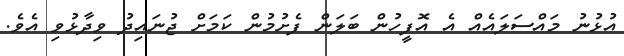
އުޅުނު މައްސަލައެއް އެ އޮފީހުން ބަލަން ފެށުމުން ކަމަށް ޖުނައިދު ވިދާޅުވި އެވެ.